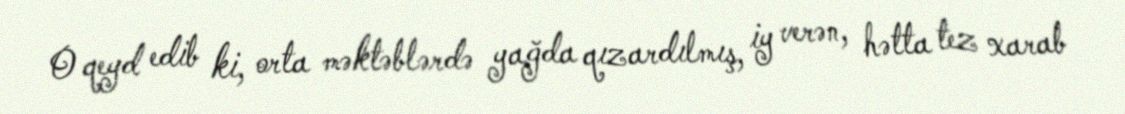
O qeyd edib ki, orta məktəblərdə yağda qızardılmış, iy verən, hətta tez xarab